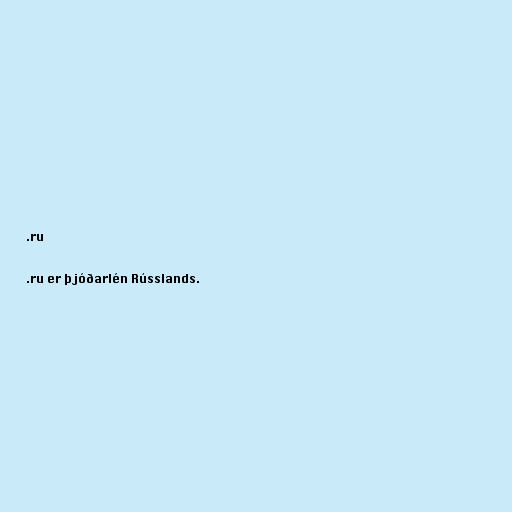
.ru

.ru er þjóðarlén Rússlands.